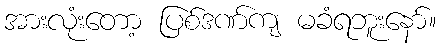
အားလုံးတော့ ပြစ်ဒဏ်ကျ မခံရဘူးနော်။